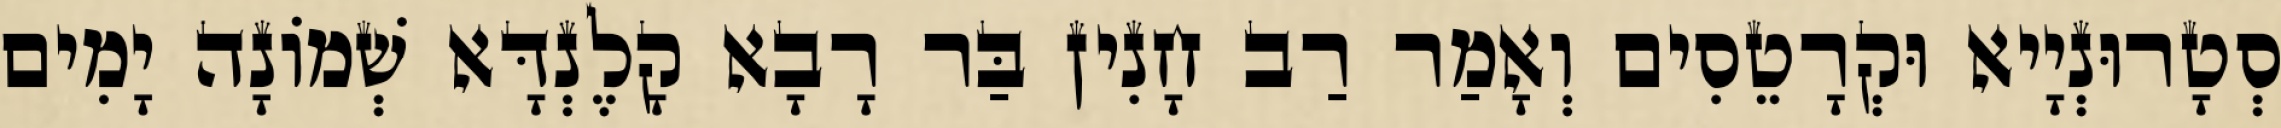
סְטָרוּנְיָיא וּקְרָטֵסִים וְאָמַר רַב חָנִין בַּר רָבָא קָלֶנְדָּא שְׁמוֹנָה יָמִים